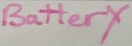
Text: Battery